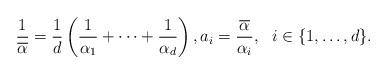
LaTeX: \begin{align*}\frac{1}{\overline{\alpha}}=\frac{1}{d}\left(\frac{1}{\alpha_{1}}+\cdots+\frac{1}{\alpha_{d}}\right),a_{i}=\frac{\overline{\alpha}}{\alpha_{i}},\ \ i\in\{1,\dots,d\}.\end{align*}